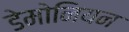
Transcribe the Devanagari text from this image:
डेमोनियन